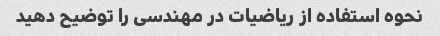
نحوه استفاده از ریاضیات در مهندسی را توضیح دهید